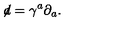
\not \! d = \gamma ^ { a } \partial _ { a } .